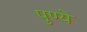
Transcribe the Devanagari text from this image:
पुण्ये